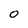
Character: 0